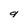
Character: q